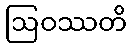
ဩဝဿတိ